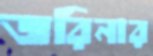
জরিনার